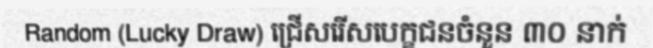
Random (Lucky Draw) ជ្រើសរើសបេក្ខជនចំនួន ៣០ នាក់